Lunatic asylums Punjab 1868-1880 - 1868-1880
Year: 1868
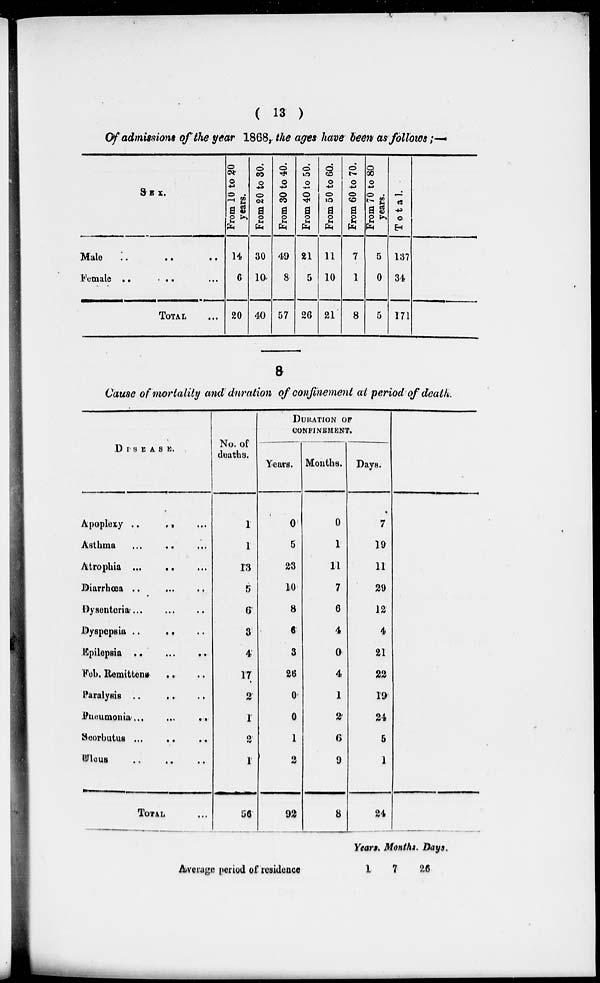
( 13 )
Of admissions of the year 1868, the ages have been as follows ;—
SEX.
Male
.. .. ..
Female .. .. ..
TOTAL ...
From 10 to 20
years.
14
6
20
Fr om 20 to 30.
30
10
40
Fr om 30 to 40.
49
8
57
From 40 to 50.
21
5
26
From 50 to 60.
11
10
21
Fr om 60 to 70.
7
1
8
From 70 to 80
years.
5
0
5
Total.
137
34
171
8
Cause of mortality and duration of confinement at period of death.
DISEASE.
Apoplexy .... .. ...
Asthma
... .. ...
Atrophia
...
..
...
Diarrhœa .. ... ..
Dysenteria
...
...
..
Dyspepsia
..
..
..
Epilepsia ..
...
..
Feb. Remittens .. ..
Paralysis ..
..
..
Pheumonia
...
...
..
Scorbutus ...
..
..
Wlous .. .. ..
TOTAL ...
No. of
deaths.
1
1
13
5
6
3
4
17
2
1
2
1
56
DURATION OF
CONFINEMENT.
Years.
0
5
23
10
8
6
3
26
0
0
1
2
92
Months.
0
1
11
7
6
4
0
4
1
2
6
9
8
Days.
7
19
11
29
12
4
21
22
19
24
5
1
24
Average period of residence
Years.
1
Months.
7
Days.
26